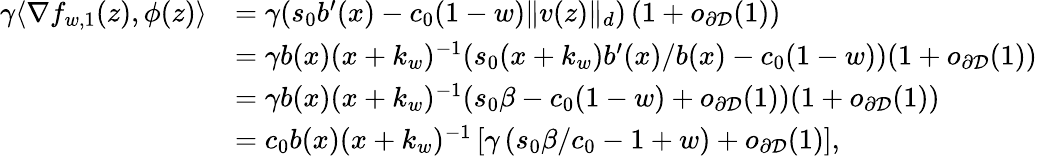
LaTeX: \begin{array}{rl}{\gamma\langle\nabla f_{w,1}(z),\phi(z)\rangle}&{=\gamma(s_{0}b^{\prime}(x)-c_{0}(1-w)\| v(z)\| _{d})\left(1+o_{\partial{\mathcal D}}(1)\right)}\\ &{=\gamma b(x)(x+k_{w})^{-1}(s_{0}(x+k_{w})b^{\prime}(x)/b(x)-c_{0}(1-w))(1+o_{\partial{\mathcal D}}(1))}\\ &{=\gamma b(x)(x+k_{w})^{-1}(s_{0}\beta-c_{0}(1-w)+o_{\partial{\mathcal D}}(1))(1+o_{\partial{\mathcal D}}(1))}\\ &{=c_{0}b(x)(x+k_{w})^{-1}\left[\gamma\left(s_{0}\beta/c_{0}-1+w\right)+o_{\partial{\mathcal D}}(1)\right],}\end{array}